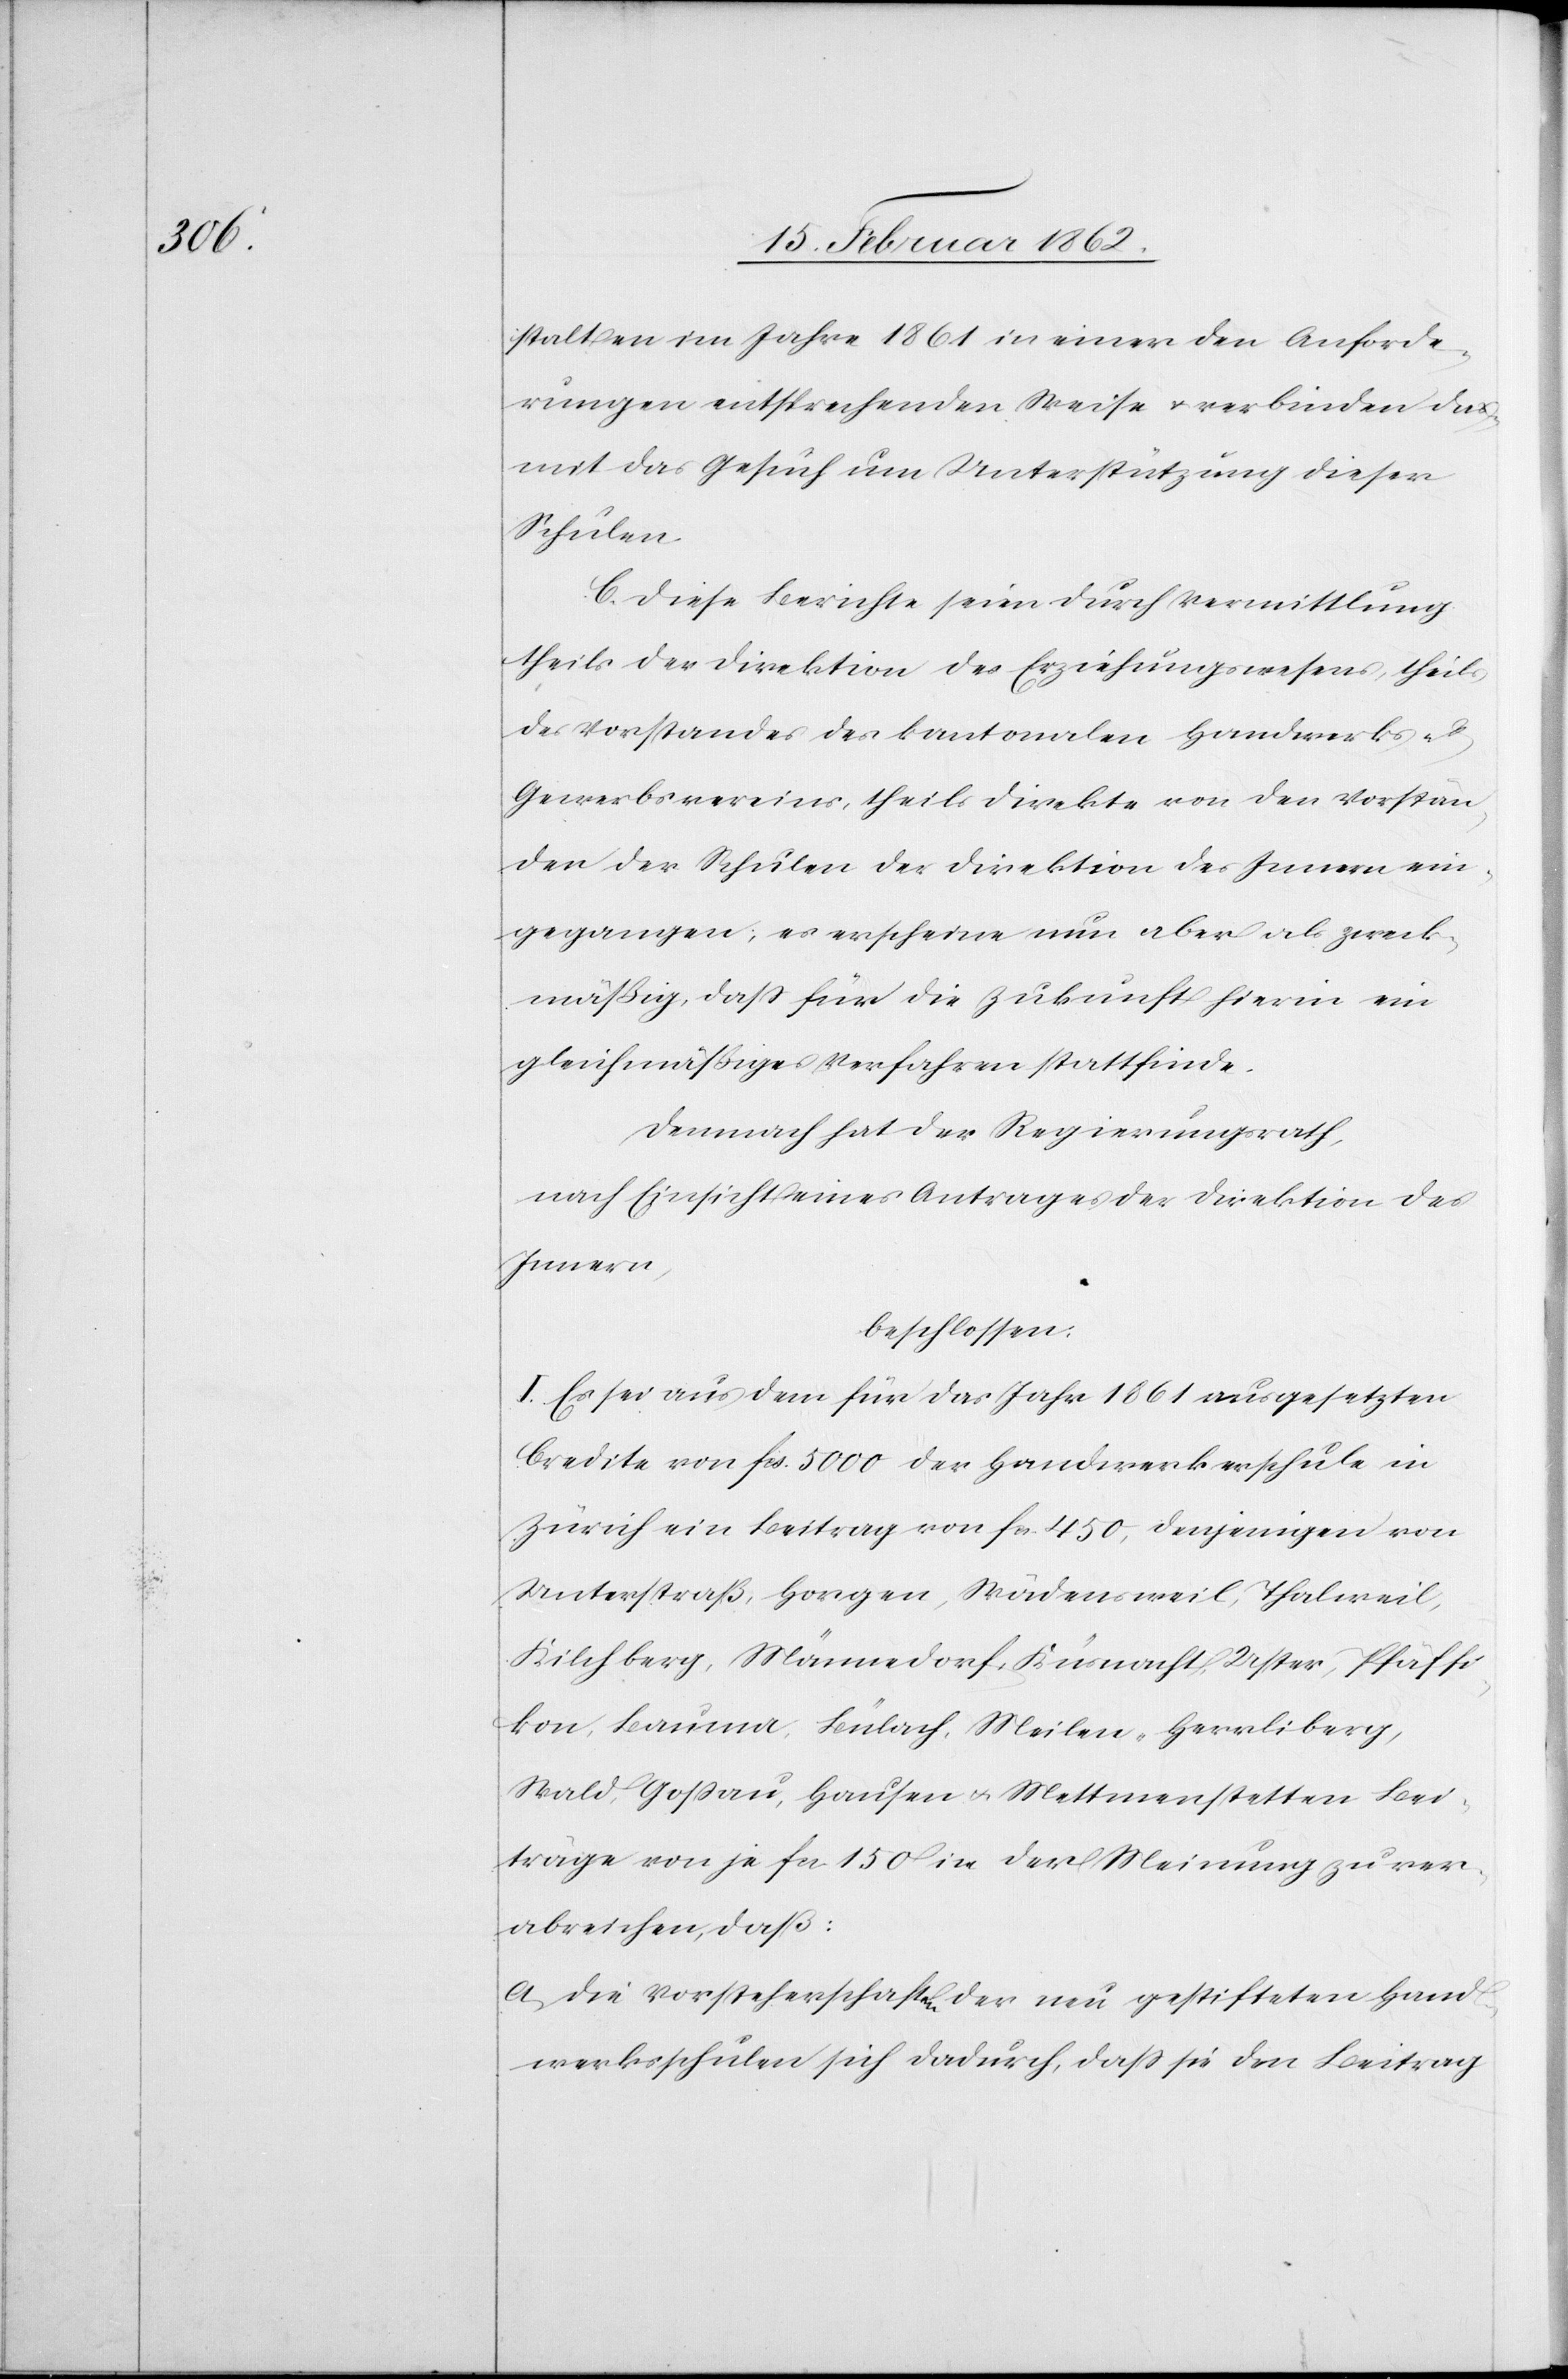
stalten im Jahre 1861 in einer den Anforde¬
rungen entsprechenden Weise u. verbinden da¬
mit das Gesuch um Unterstützung dieser
Schulen.
C. Diese Berichte seien durch Vermittlung
theils der Direktion des Erziehungswesens, theils
des Vorstandes des kantonalen Handwerks- u.
Gewerbsvereins, theils direkte von den Vorstän¬
den der Schulen der Direktion des Innern ein¬
gegangen; es erscheine nun aber als zweck¬
mäßig, daß für die Zukunft hierin ein
gleichmäßiges Verfahren stattfinde.
Demnach hat der Regierungsrath,
nach Einsicht eines Antrages der Direktion des
Innern,
beschlossen:
I. Es sei aus dem für das Jahr 1861 ausgesetzten
Credite von fcs. 5000 der Handwerkerschule in
Zürich ein Beitrag von fcs. 450, denjenigen von
Unterstraß, Horgen, Wädensweil, Thalweil,
Kilchberg, Männedorf, Küsnacht, Uster, Pfäffi¬
kon, Bauma, Bülach, Meilen, Herrliberg,
Wald, Goßau, Hausen u. Mettmenstetten Bei¬
träge von je fcs 150 in der Meinung zu ver¬
abreichen, daß:
a) die Vorsteherschaften der neu gestifteten Hand¬
werksschulen sich dadurch, daß sie den Beitrag